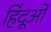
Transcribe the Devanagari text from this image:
हिंदूओ